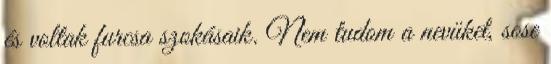
és voltak furcsa szokásaik. Nem tudom a nevüket, sose